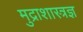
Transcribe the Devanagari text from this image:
मुद्राशास्त्रज्ञ